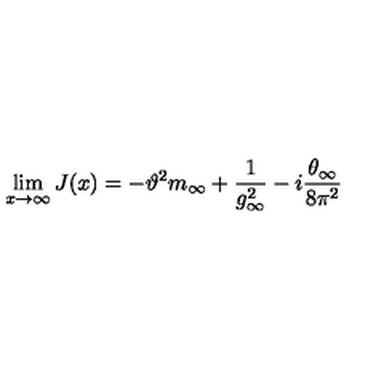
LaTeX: \lim _ { x \to \infty } J ( x ) = - \vartheta ^ { 2 } m _ { \infty } + \frac { 1 } { g _ { \infty } ^ { 2 } } - i \frac { \theta _ { \infty } } { 8 \pi ^ { 2 } }